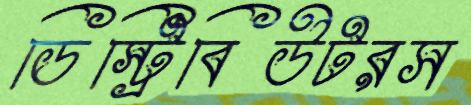
ডিস্ট্রিবিউটরস